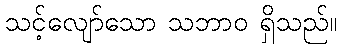
သင့်လျော်သော သဘာဝ ရှိသည်။